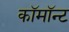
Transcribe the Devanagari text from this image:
कॉमॉन्ट